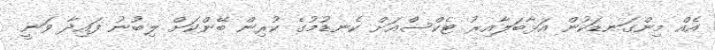
އެއް މިންގަނޑަކުން އަޅާބަލާއިރު ޓެކްސްއަށް ކެނޑުމުގެ ކުރިން ބޭންކަށް ލިބުނު ފައިދާ ވަނީ